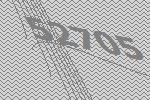
52705